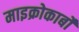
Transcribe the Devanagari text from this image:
माइक्रोकार्बो